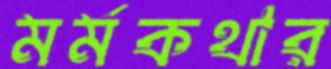
মর্মকথার